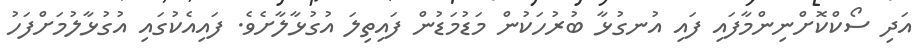
އަދި ސޯކްކޮށްނިންމާފައި ފައި އުނގުޅާ ބުރުހަކުން މަޑުމަޑުން ފައިތިލަ އުގުޅާލާށެވެ. ފައިއެކުގައި އުގުޅާލުމަށްފަހު